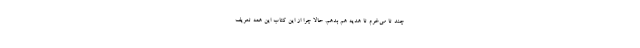
چند تا می‌خرم تا هدیه هم بدهم. حالا چرا از این کتاب این همه تعریف